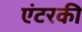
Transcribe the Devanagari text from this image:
एंटरकी